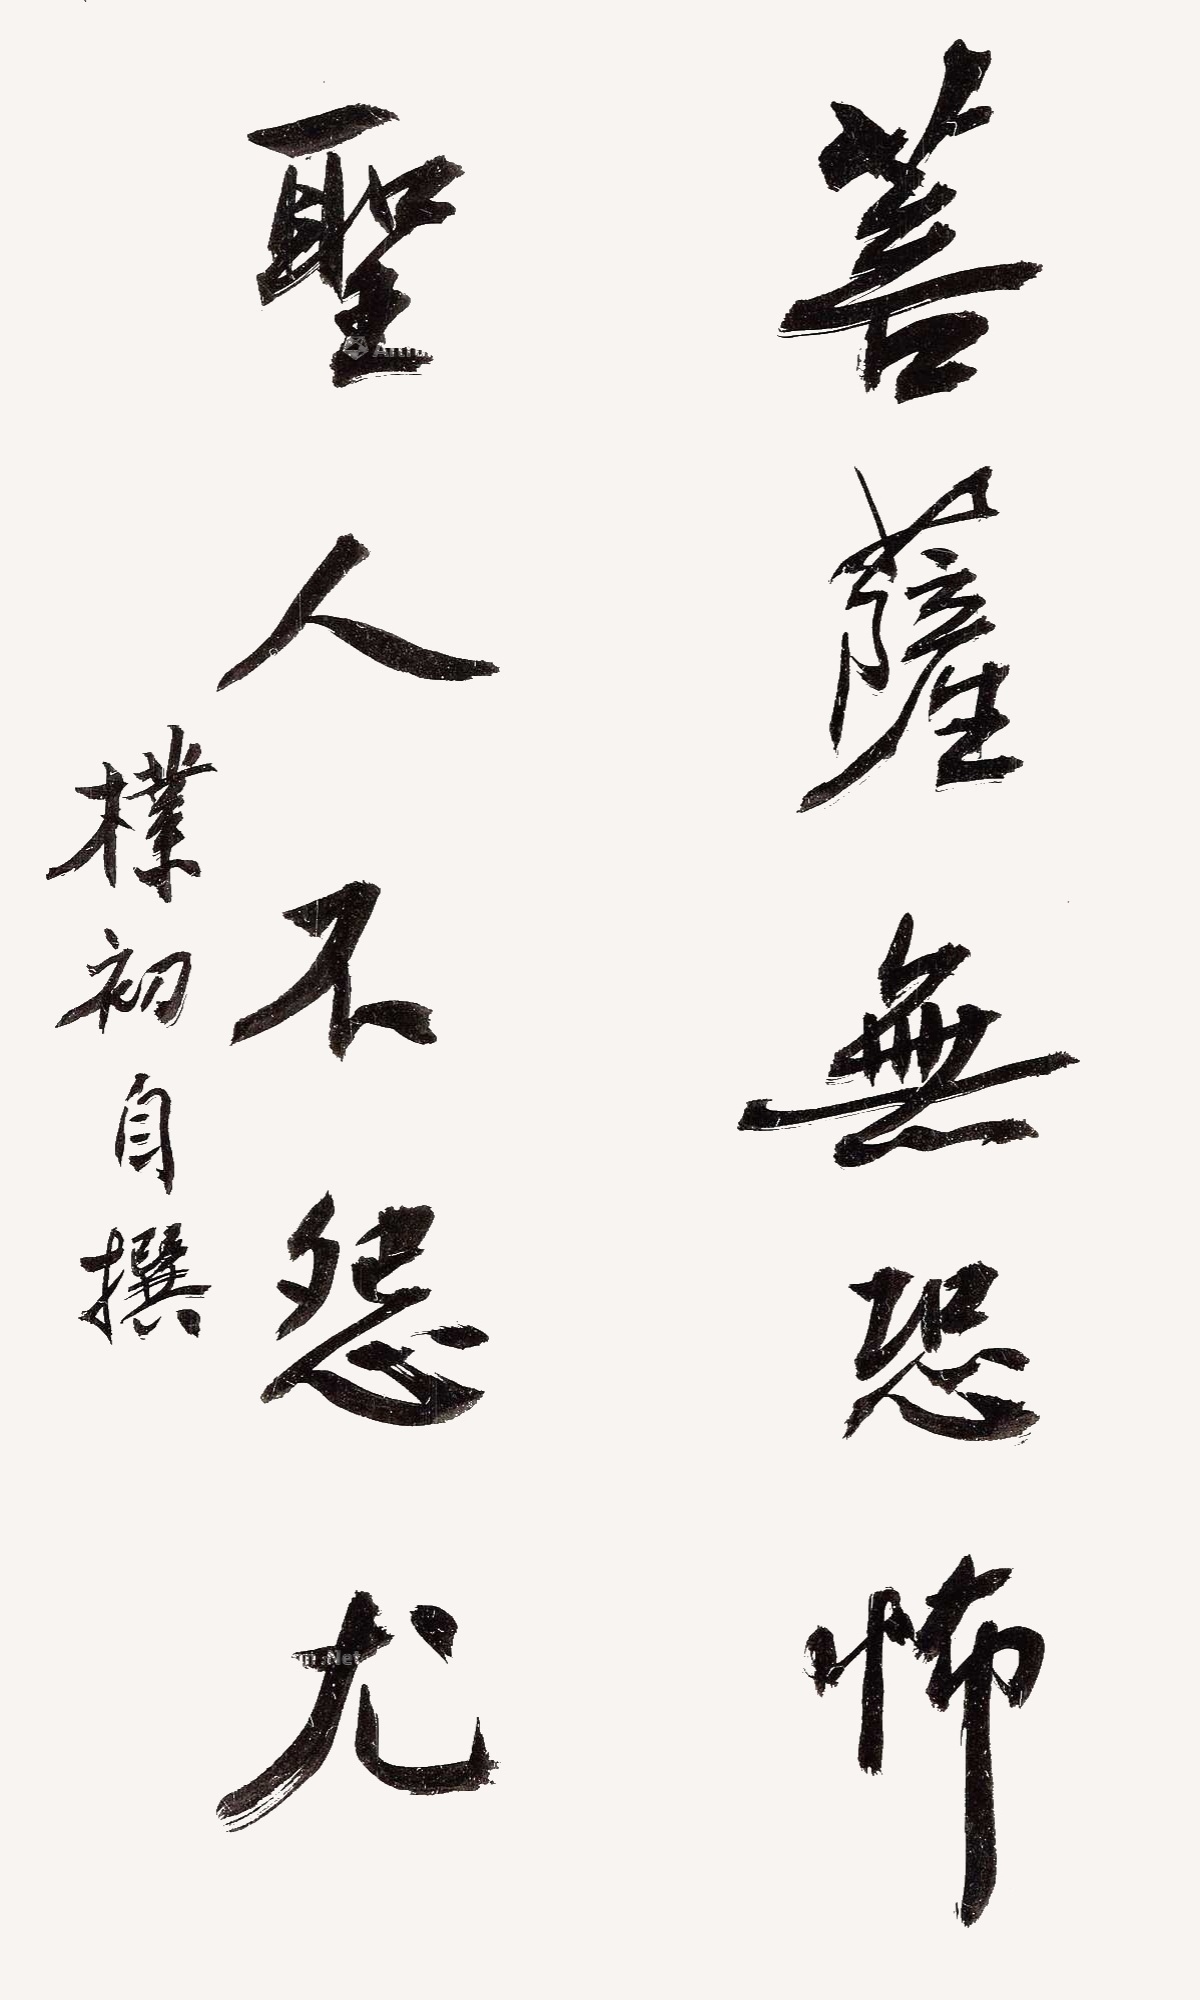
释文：菩萨无恐怖，圣人不怨尤朴初自撰